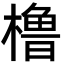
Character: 橹